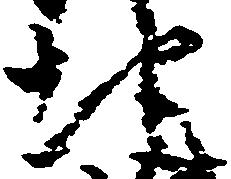
地